Vaccination in Bombay 1874-1876 - 1874-1876
Year: 1874
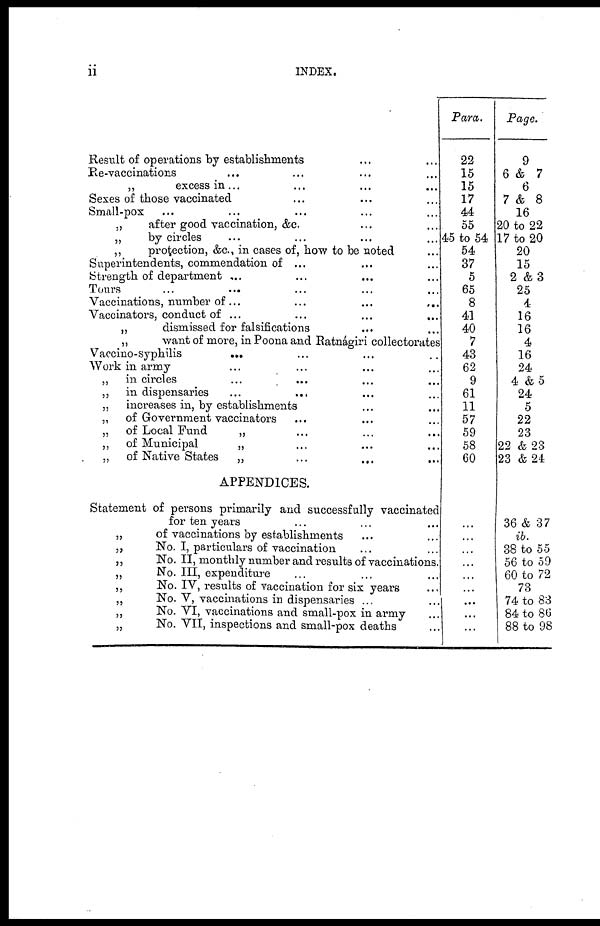
ii
INDEX.
Result of operations by establishments ... ...
Re-vaccinations ... ... ... ...
„
excess in ... ... ...
Sexes of those vaccinated ... ... ...
Small-pox ... ... ... ...
„
after good vaccination, &c. ... ... ... ...
„
by circles ... ... ... ...
„
protection, &c., in cases of, how to be noted ... ...
Superintendents, commendation of ... ... ... ...
Strength of department ... ... ... ...
Tours ... ... ...
Vaccinations, number of
...
...
...
...
Vaccinators, conduct of ... ... ... ...
„
dismissed for falsifications ... ... ...
„
want of more, in Poona and Ratnágiri collectorates
Vaccino-syphilis ... ... ...
Work in army ... ... ...
„
in circles ... ... ...
„
in dispensaries ... ... ... ...
„
increases in, by establishments ... ... ...
„
of Government vaccinators ... ... ...
„
of Local Fund
„ ... ... ...
„
of Municipal
„ ... ... ...
„
of Native States
„ ... ... ...
APPENDICES.
Statement of persons primarily and successfully vaccinated
for ten years ... ... ...
„
of vaccinations by establishments ... ...
„
No. I, particulars of vaccination ... ...
„
No. II, monthly number and results of vaccinations.
„
No. III, expenditure ... ... ...
„
No. IV, results of vaccination for six years ...
„
No. V, vaccinations in dispensaries ... ...
„
No. VI, vaccinations and small-pox in army ...
„
No. VII, inspections and small-pox deaths ...
Para.
22
15
15
17
44
55
45 to 54
54
37
5
65
8
41
40
7
43
62
9
61
11
57
59
58
60
...
...
...
...
...
...
...
...
...
Page.
9
6 & 7
6
7 & 8
16
20 to 22
17 to 20
20
15
2 &3
25
4
16
16
4
16
24
4 &5
24
5
22
23
22 & 23
23 &24
36 & 37
ib.
38 to 55
56 to 59
60 to 72
73
74 to 83
84 to 86
88 to 98